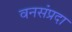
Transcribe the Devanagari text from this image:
वनसंप्रदा